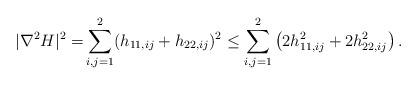
LaTeX: \begin{align*} |\nabla^2H|^2= &\sum_{i,j=1}^2 (h_{11,ij}+h_{22,ij})^2 \leq \sum_{i,j=1}^2\left(2h_{11,ij}^2+2h_{22,ij}^2\right).\end{align*}